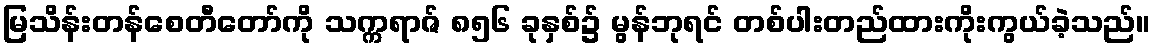
မြသိန်းတန်စေတီတော်ကို သက္ကရာဇ် ၈၅၆ ခုနှစ်၌ မွန်ဘုရင် တစ်ပါးတည်ထားကိုးကွယ်ခဲ့သည်။